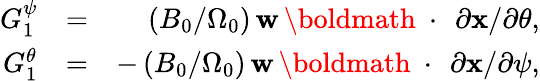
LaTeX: \begin{array}{rlr}{G_{1}^{\psi}}&{=}&{(B_{0}/\Omega_{0})\, {\mathbf w}\, \mathrm{\boldmath~\cdot~}\, \partial{\mathbf x}/\partial\theta,}\\ {G_{1}^{\theta}}&{=}&{-\, (B_{0}/\Omega_{0})\, {\mathbf w}\, \mathrm{\boldmath~\cdot~}\, \partial{\mathbf x}/\partial\psi,}\end{array}